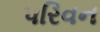
પરિવન